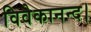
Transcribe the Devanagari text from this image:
विवेकानन्द।